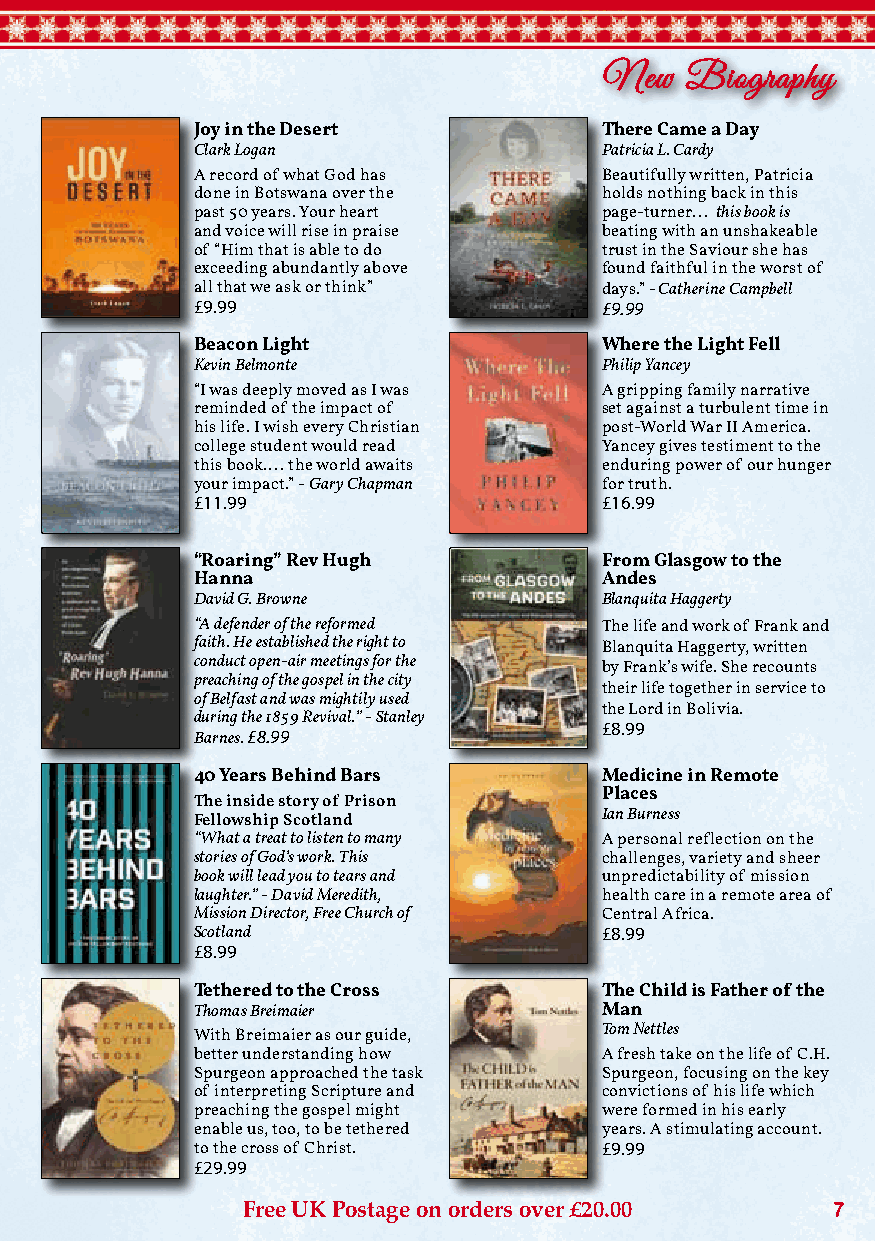
New  Biography
 Joy in the Desert          There Came a Day
 Clark Logan                Patricia L. Cardy
 A record of what God has   Beautifully written, Patricia
 done in Botswana over the  holds nothing back in this
 past 50 years. Your heart  page-turner... this book is
 and voice will rise in praise beating with an unshakeable
 of “Him that is able to do trust in the Saviour she has
 exceeding abundantly above found faithful in the worst of
 all that we ask or think”  days.” - Catherine Campbell
 £9.99                      £9.99
 Beacon Light               Where the Light Fell
 Kevin Belmonte             Philip Yancey
 “I was deeply moved as I was A gripping family narrative
 reminded of the impact of  set against a turbulent time in
 his life. I wish every Christian post-World War II America.
 college student would read Yancey gives testiment to the
 this book.... the world awaits enduring power of our hunger
 your impact.” - Gary Chapman for truth.
 £11.99                     £16.99
 “Roaring” Rev Hugh         From Glasgow to the
 Hanna                      Andes
 David G. Browne            Blanquita Haggerty
 “A defender of the reformed The life and work of Frank and
 faith. He established the right to Blanquita Haggerty, written
 conduct open-air meetings for the by Frank’s wife. She recounts
 preaching of the gospel in the city
 their life together in service to
 of Belfast and was mightily used
 the Lord in Bolivia.
 during the 1859 Revival.” - Stanley
 £8.99
 Barnes. £8.99
 40 Years Behind Bars       Medicine in Remote
 Places
 The inside story of Prison
 Fellowship Scotland        Ian Burness
 “What a treat to listen to many A personal reflection on the
 stories of God’s work. This challenges, variety and sheer
 book will lead you to tears and unpredictability of mission
 laughter.” - David Meredith, health care in a remote area of
 Mission Director, Free Church of Central Africa.
 Scotland                   £8.99
 £8.99
 Tethered to the Cross      The Child is Father of the
 Thomas Breimaier           Man
 With Breimaier as our guide, Tom Nettles
 better understanding how   A fresh take on the life of C.H.
 Spurgeon approached the task Spurgeon, focusing on the key
 of interpreting Scripture and convictions of his life which
 preaching the gospel might were formed in his early
 enable us, too, to be tethered years. A stimulating account.
 to the cross of Christ.    £9.99
 £29.99
 Free UK Postage on orders over £20.00  7